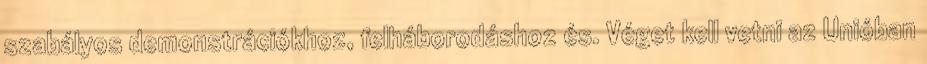
szabályos demonstrációkhoz, felháborodáshoz és. Véget kell vetni az Unióban